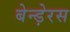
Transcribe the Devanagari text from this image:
बेन्ड़ेरस